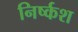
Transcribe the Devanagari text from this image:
निर्ष्कश